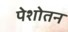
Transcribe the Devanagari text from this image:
पेशोतन